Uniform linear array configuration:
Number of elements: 8
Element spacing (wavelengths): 1
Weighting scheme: binomial
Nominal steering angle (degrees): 15
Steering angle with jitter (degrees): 14.441
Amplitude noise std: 0.05
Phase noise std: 0.05

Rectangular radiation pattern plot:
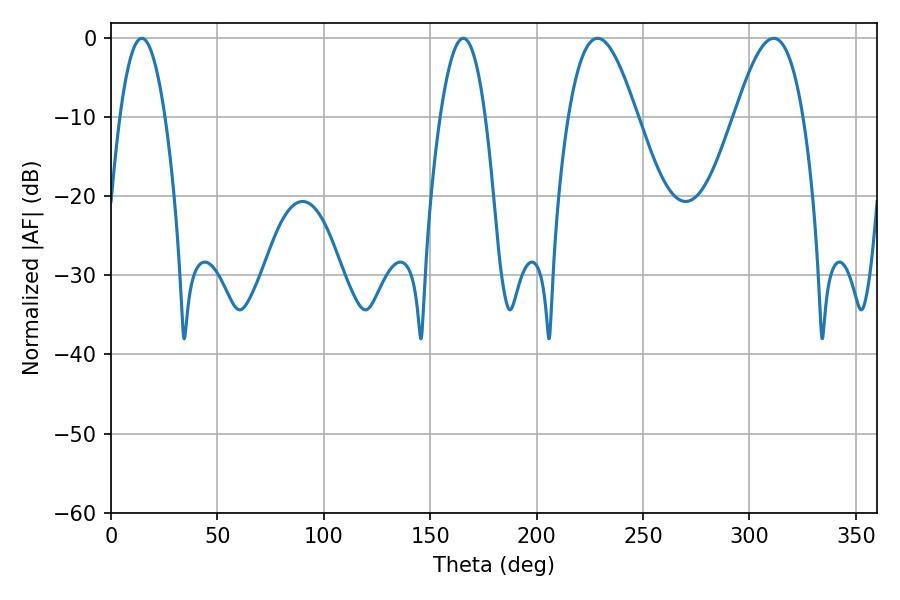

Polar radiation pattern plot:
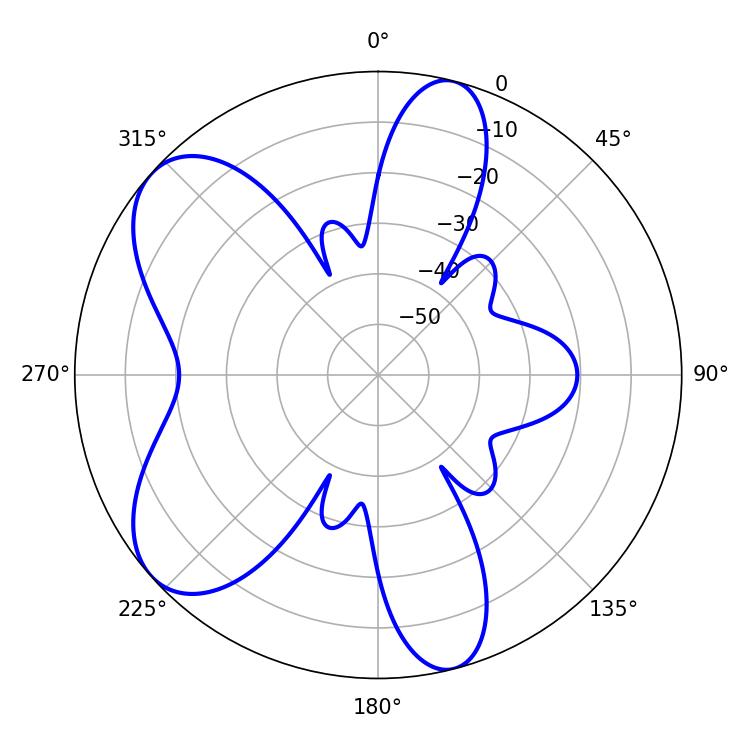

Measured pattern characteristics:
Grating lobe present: TRUE
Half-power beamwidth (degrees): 17.46
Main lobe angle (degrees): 228.6